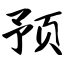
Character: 预